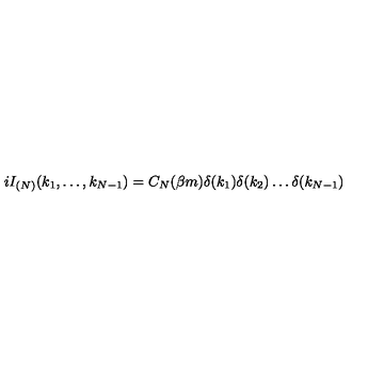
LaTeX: i I _ { ( N ) } ( k _ { 1 } , \dots , k _ { N - 1 } ) = C _ { N } ( \beta m ) \delta ( k _ { 1 } ) \delta ( k _ { 2 } ) \dots \delta ( k _ { N - 1 } )